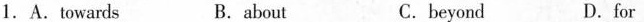
1. A.Towards B. about C. beyond D. for